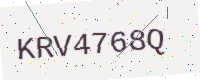
Text: KRV4768Q